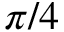
\pi / 4